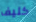
كليف